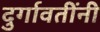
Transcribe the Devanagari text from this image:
दुर्गावतींनी